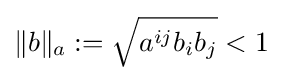
\|b\|_{a}:={\sqrt {a^{ij}b_{i}b_{j}}}<1